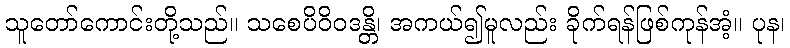
သူတော်ကောင်းတို့သည်။ သစေပိဝိဝဒန္တိ၊ အကယ်၍မူလည်း ခိုက်ရန်ဖြစ်ကုန်အံ့။ ပုန၊